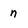
Character: n